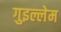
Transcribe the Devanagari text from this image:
गुइल्लेम